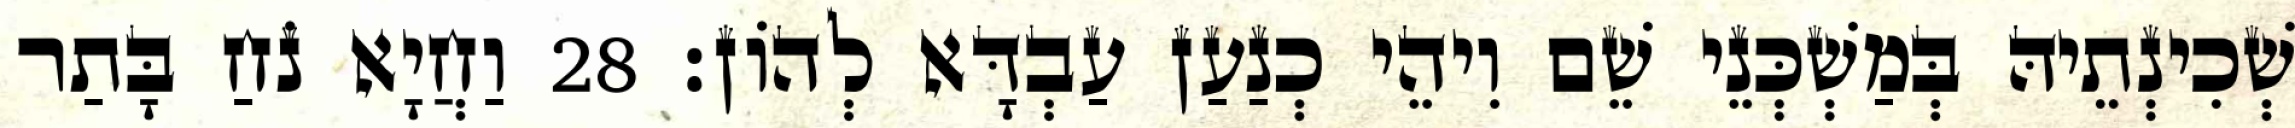
שְׁכִינְתֵיהּ בְּמַשְׁכְּנֵי שֵׁם וִיהֵי כְנַעַן עַבְדָּא לְהוֹן׃ 28 וַחֲיָא נֹחַ בָּתַר